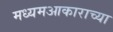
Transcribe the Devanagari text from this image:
मध्यमआकाराच्या